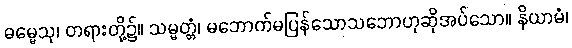
ဓမ္မေသု၊ တရားတို့၌။ သမ္မတ္တံ၊ မဘောက်မပြန်သောသဘောဟုဆိုအပ်သော။ နိယာမံ၊